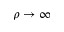
\rho \to \infty